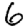
Digit: 6